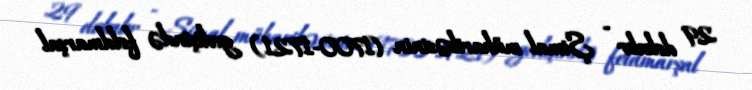
29 dekabr - Şimal müharibəsinin (1700-1721) gedişində feldmarşal